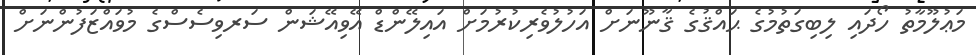
މަޢުލޫމާތު ހޯދައި ލިބިގަތުމުގެ ޙައްޤުގެ ޤާނޫނަށް އަހުލުވެރިކުރުމަށް އައިލޭންޑް އޭވިއޭޝަން ސަރވިސެސްގެ މުވައްޒަފުންނަށް